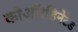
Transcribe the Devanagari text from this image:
कोऑरडिनेटेड